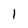
Character: 1